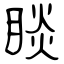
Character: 睒